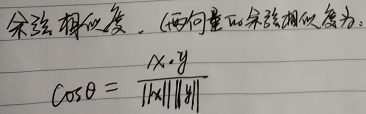
余弦相似度. (两向量的余弦相似度为：
\[
\cos\theta = \frac{x \cdot y}{\left\lVert x \right\rVert\left\lVert y \right\rVert}
\]